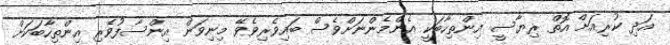
އަދި ކުރިއަށް އޮތް ރިޔާސީ އިންތިހާބަކީ އެންމެންނަށްވެސް ބައިވެރިވެވޭ މިނިވަން އިންސާފުވެރި އިންތިހާބަކަށް